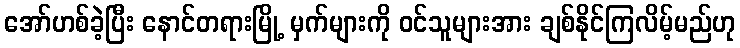
အော်ဟစ်ခဲ့ပြီး နောင်တရားမြို့ မှက်များကို ဝင်သူများအား ချစ်နိုင်ကြလိမ့်မည်ဟု